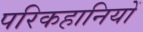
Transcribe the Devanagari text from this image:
परिकहानियों